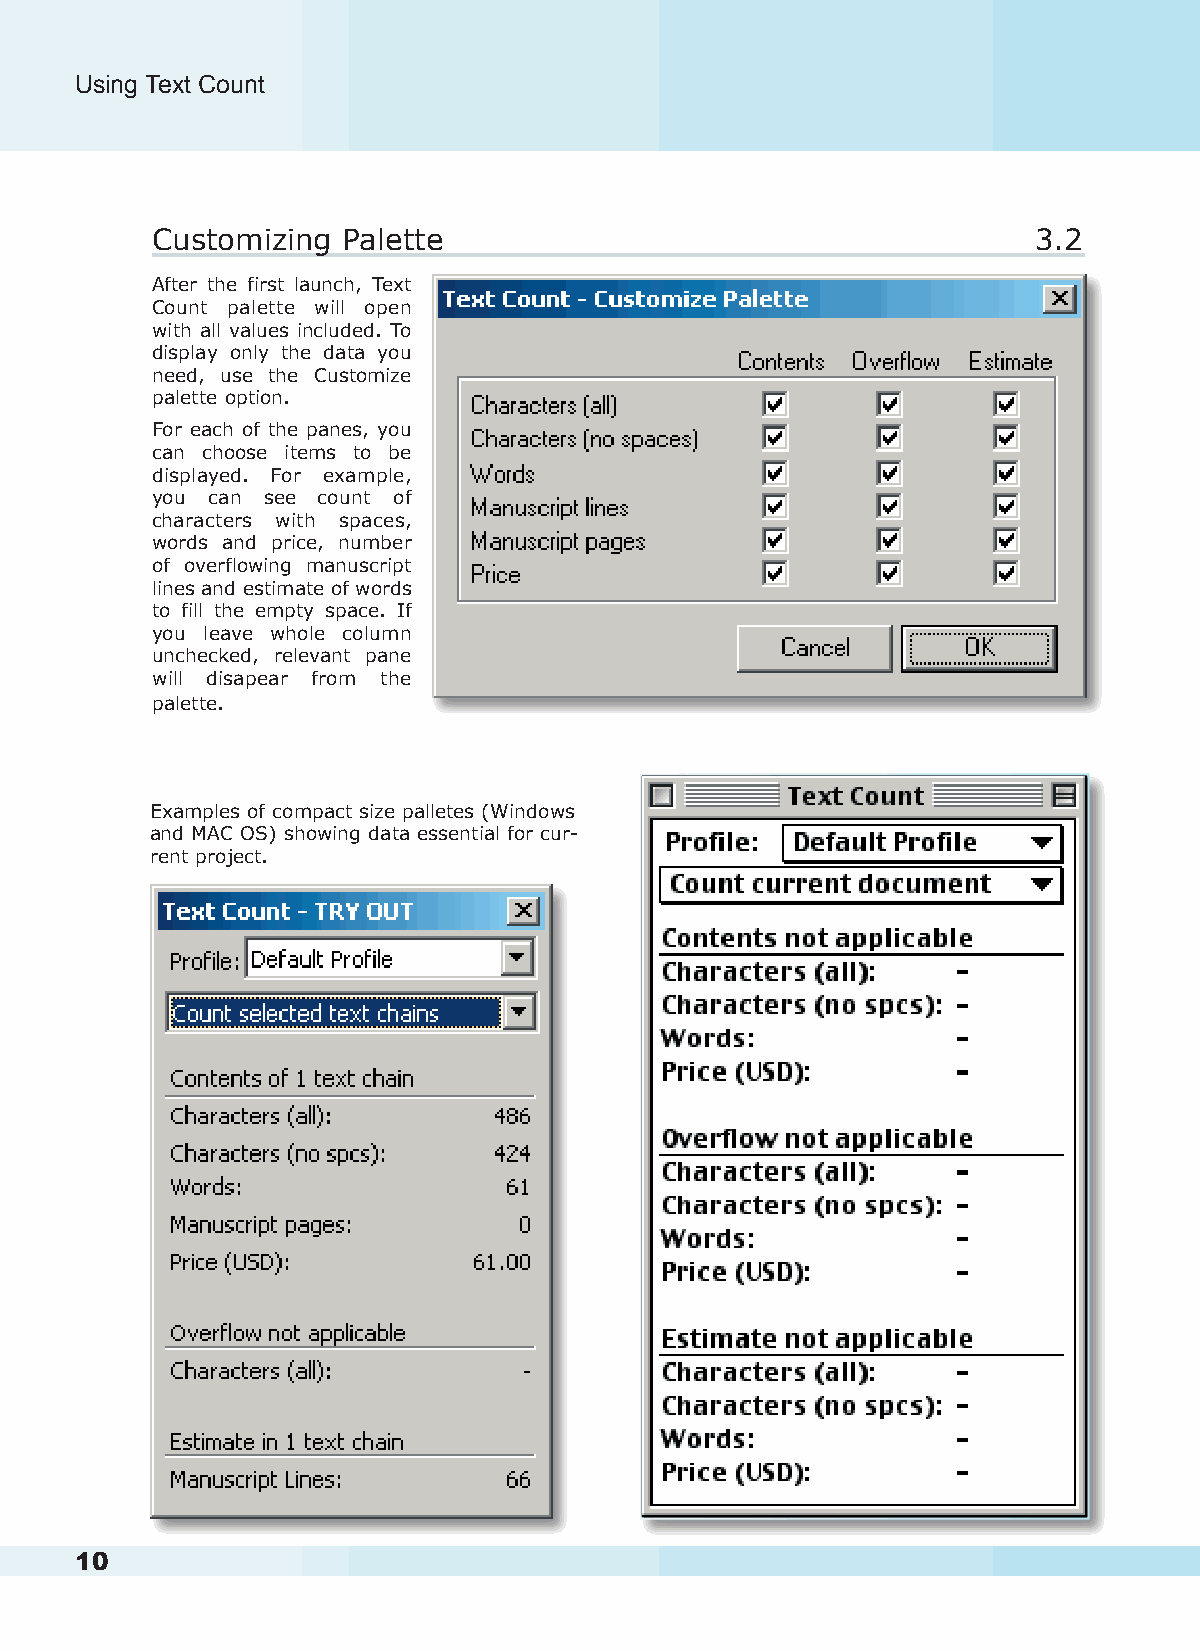
Using Text Count                                                                                                                        Using Text Count
 Customizing  Palette                                       3.2
 After the first launch, Text
 Count palette will open
 with all values included. To
 display only the data you
 need, use the Customize
 palette option.
 For each of the panes, you
 can choose items to be
 displayed. For example,
 you can see count of
 characters with spaces,
 words and price, number
 of overflowing manuscript
 lines and estimate of words
 to fill the empty space. If
 you leave whole column
 unchecked, relevant pane
 will disapear from the
 palette.
 Examples of compact size palletes (Windows
 and MAC OS) showing data essential for cur-
 rent project.
 10                                                                                                                                                 11